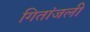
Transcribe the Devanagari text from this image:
गितांजली